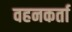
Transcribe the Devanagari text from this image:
वहनकर्ता